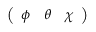
\left( \begin{array} { l l l } { \phi } & { \theta } & { \chi } \end{array} \right)